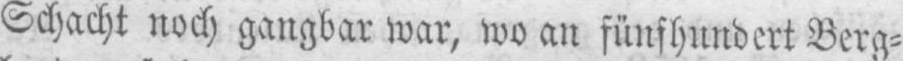
Schacht noch gangbar war, wo an fünfhundert Berg⸗